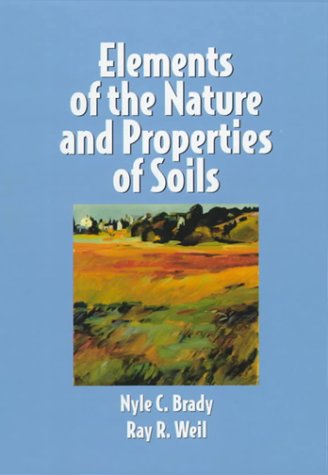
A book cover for Elements of the Nature and Properties of Soils; Nyle C. Brady; Science & Math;